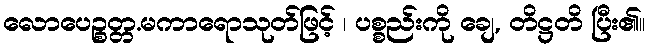
လောပေဉ္စတ္တ.မကာရောသုတ်ဖြင့် ၊ ပစ္စည်းကို ချေ, တိဋ္ဌတိ ပြီး၏။